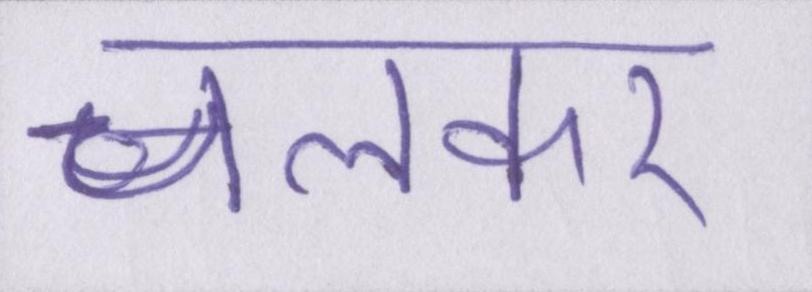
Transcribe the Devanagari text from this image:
चलकर